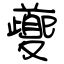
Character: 夔